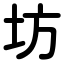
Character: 坊